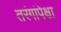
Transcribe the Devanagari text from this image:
तरंगांपेक्षा